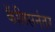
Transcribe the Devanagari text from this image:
कॅलिसनंतर